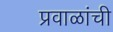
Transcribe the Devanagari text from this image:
प्रवाळांची